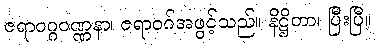
ဇရာဝဂ္ဂဝဏ္ဏနာ၊ ဇရာဝဂ်အဖွင့်သည်။ နိဋ္ဌိတာ၊ ပြီးပြီ။